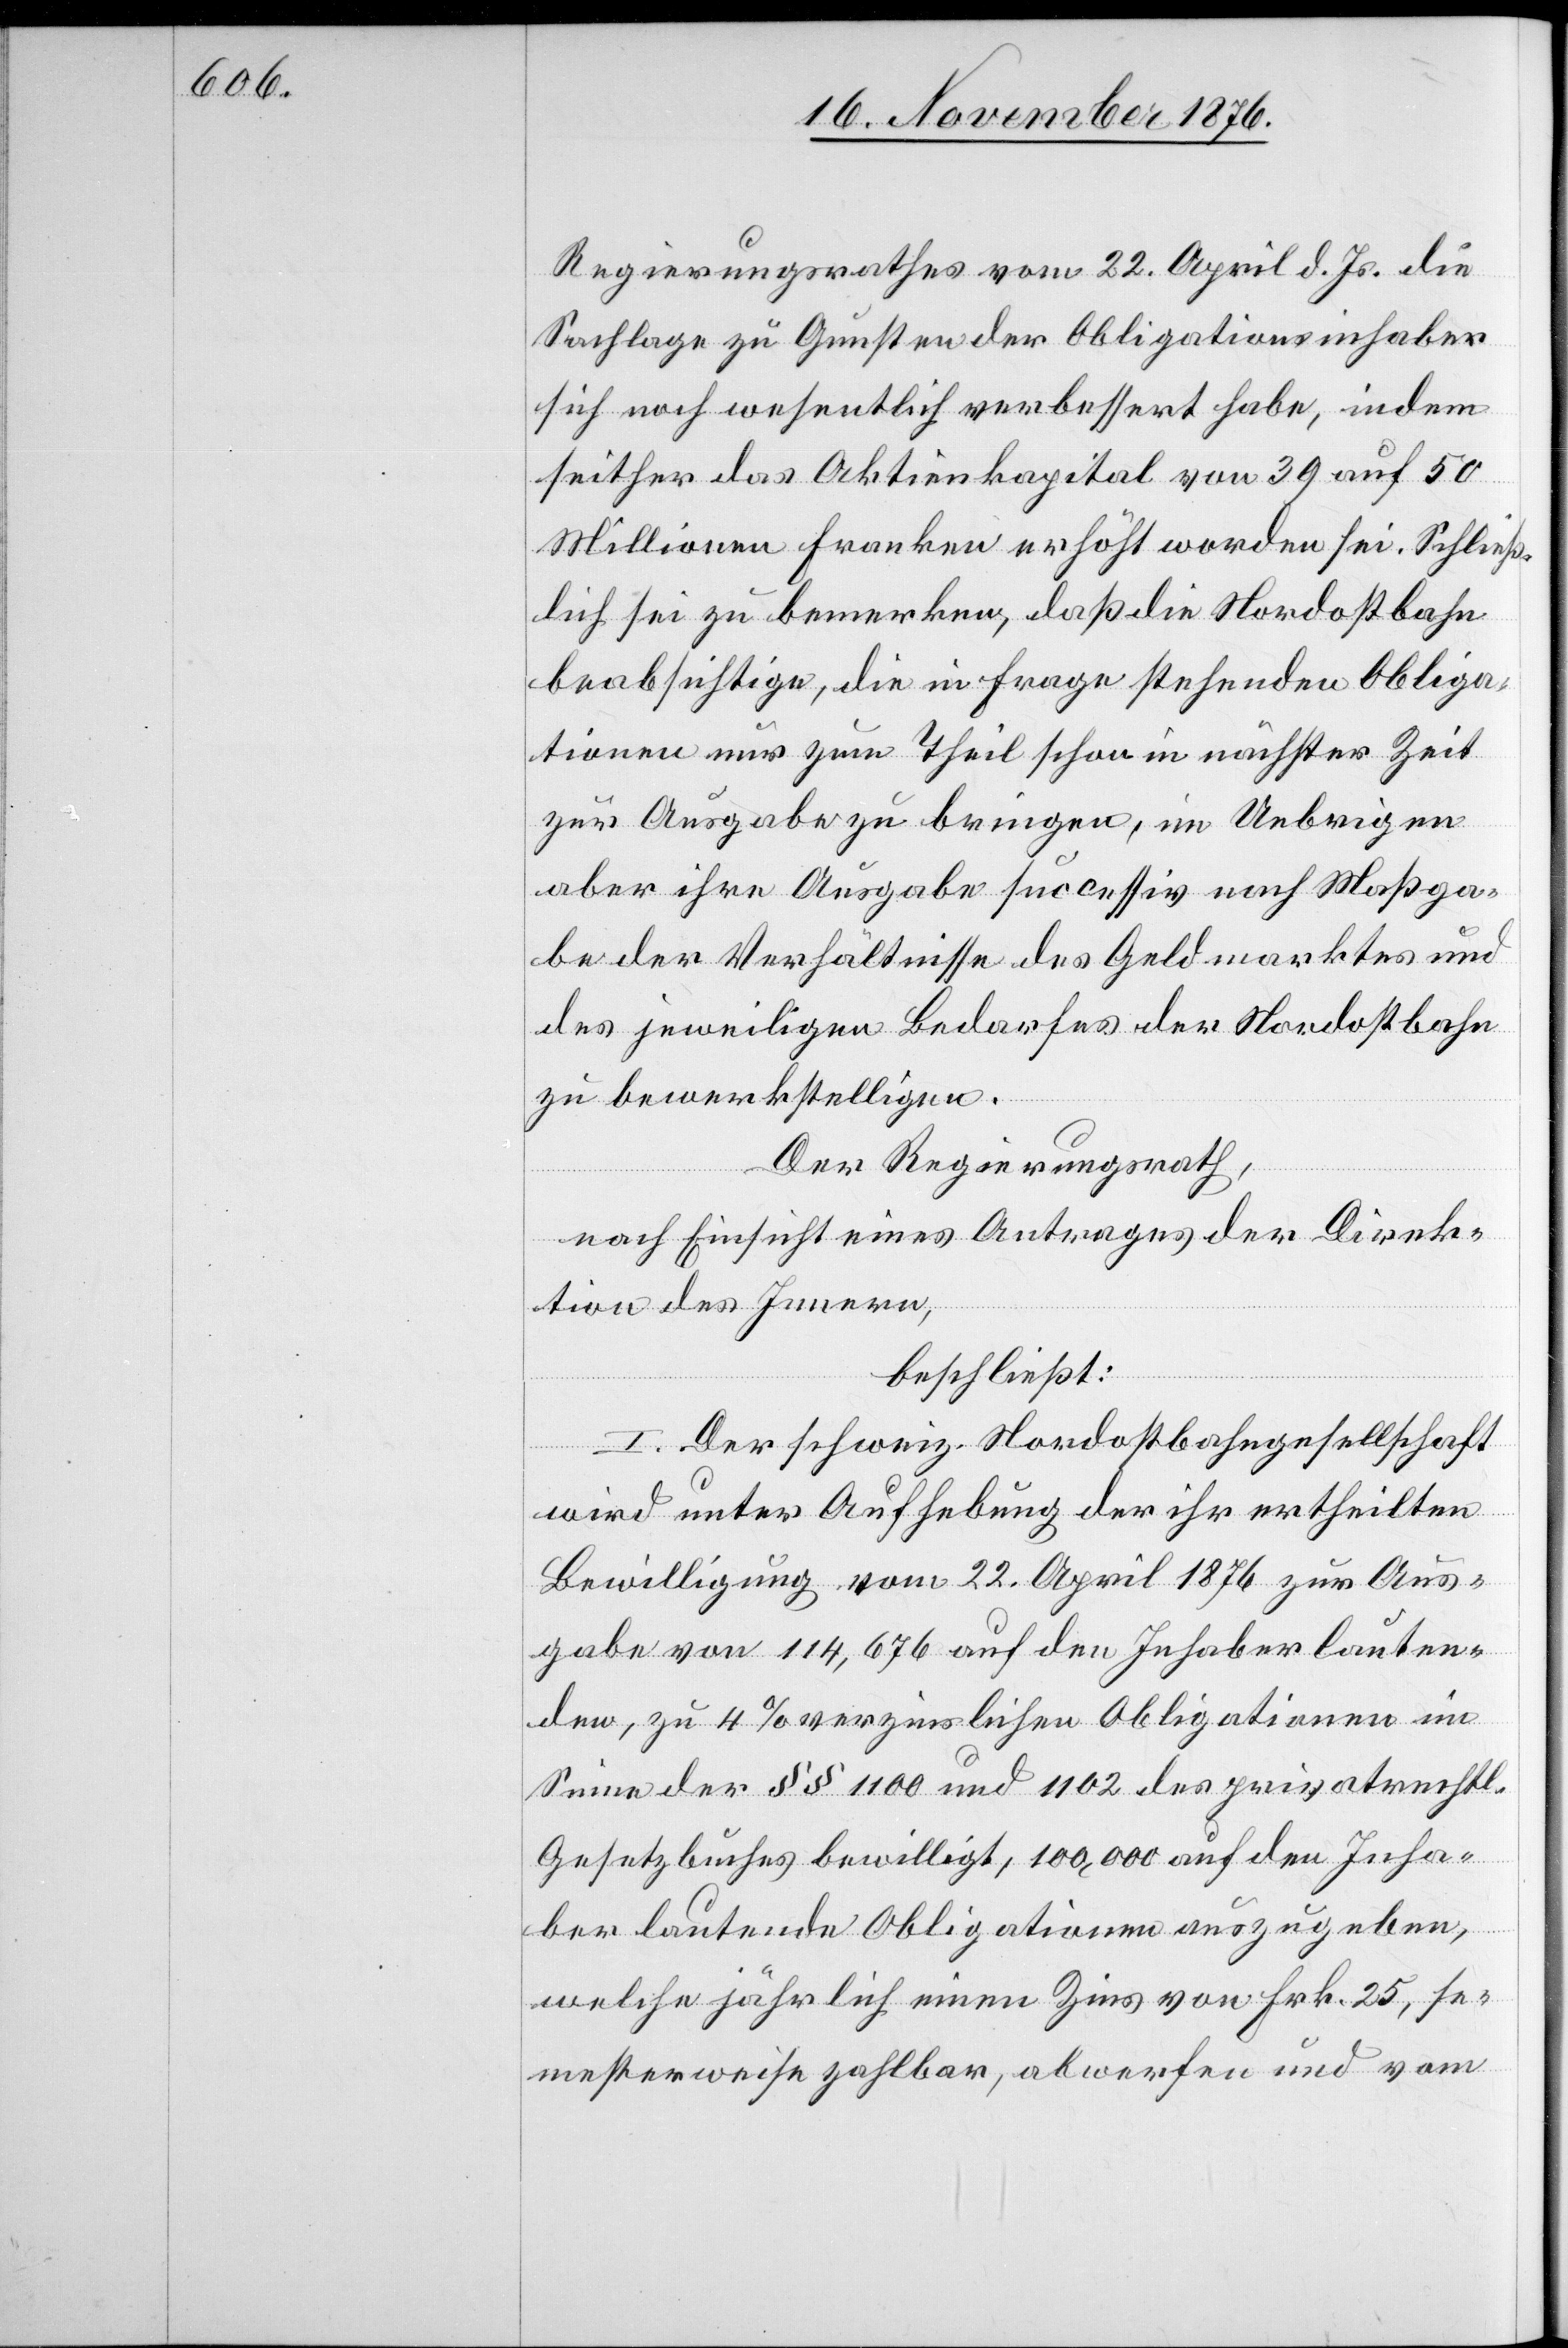
Regierungsrathes vom 22. April d. Js. die
Sachlage zu Gunsten der Obligationeninhaber
sich noch wesentlich verbessert habe, indem
seither das Aktienkapital von 39 auf 50
Millionen Franken erhöht worden sei. Schließ¬
lich sei zu bemerken, daß die Nordostbahn
beabsichtige, die in Frage stehenden Obliga¬
tionen nur zum Theil schon in nächster Zeit
zur Ausgabe zu bringen, im Uebrigen
aber ihre Ausgabe successiv nach Maßga¬
be der Verhältnisse des Geldmarktes und
es jeweiligen Bedarfes der Nordostbahn
zu bewerkstelligen.
Der Regierungsrath,
nach Einsicht eines Antrages der Direk¬
tion des Innern,
beschließt:
I. Der schweiz. Nordostbahngesellschaft
wird unter Aufhebung der ihr ertheilten
Bewilligung vom 22. April 1876 zur Aus¬
gabe von 114,676 auf den Inhaber lauten¬
den, zu 4% verzinslichen Obligationen im
Sinne der §§ 1100 und 1102 des privatrechtl.
Gesetzbuches bewilligt, 100,000 auf den Inha¬
ber lautenden Obligationen auszugeben,
welche jährlich einen Zins von Frk. 25, se¬
mesterweise zahlbar, abwerfen und vom